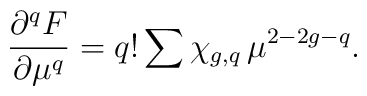
\frac{{\partial}^qF}{{\partial}\mu^q}=q!\sum \chi_{g,q}\,\mu^{2-2g-q}.